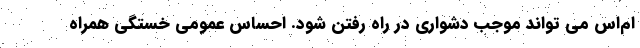
ام‌اس می تواند موجب دشواری در راه رفتن شود. احساس عمومی خستگی همراه